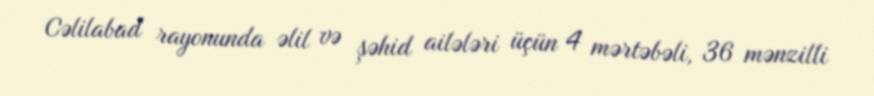
Cəlilabad rayonunda əlil və şəhid ailələri üçün 4 mərtəbəli, 36 mənzilli